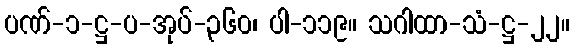
ပဏ်-၁-ဋ္ဌ-ပ-အုပ်-၃၆၀၊ ပါ-၁၁၉။ သဂါထာ-သံ-ဋ္ဌ-၂၂။